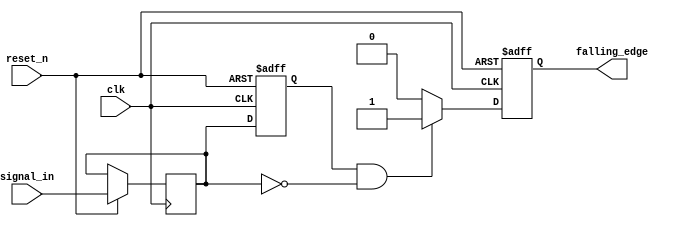
module falling_edge_detector (
    input wire clk,            // Clock input
    input wire reset_n,       // Active low asynchronous reset
    input wire signal_in,      // Input signal to detect falling edge
    output reg falling_edge    // Output signal indicating falling edge detection
);

    reg prev_state;           // Register to hold the previous state of the input signal
    reg curr_state;           // Register to hold the current state of the input signal

    // Asynchronous reset and state update on the rising edge of the clock
    always @(posedge clk or negedge reset_n) begin
        if (!reset_n) begin
            // Reset condition
            prev_state <= 1'b0;
            falling_edge <= 1'b0;
        end else begin
            // Sample current state
            curr_state <= signal_in;

            // Edge detection logic
            if (prev_state == 1'b1 && curr_state == 1'b0) begin
                falling_edge <= 1'b1;  // Falling edge detected
            end else begin
                falling_edge <= 1'b0;  // No falling edge
            end
            
            // Update previous state for the next clock cycle
            prev_state <= curr_state;
        end
    end

endmodule